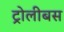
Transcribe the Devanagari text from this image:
ट्रोलीबस